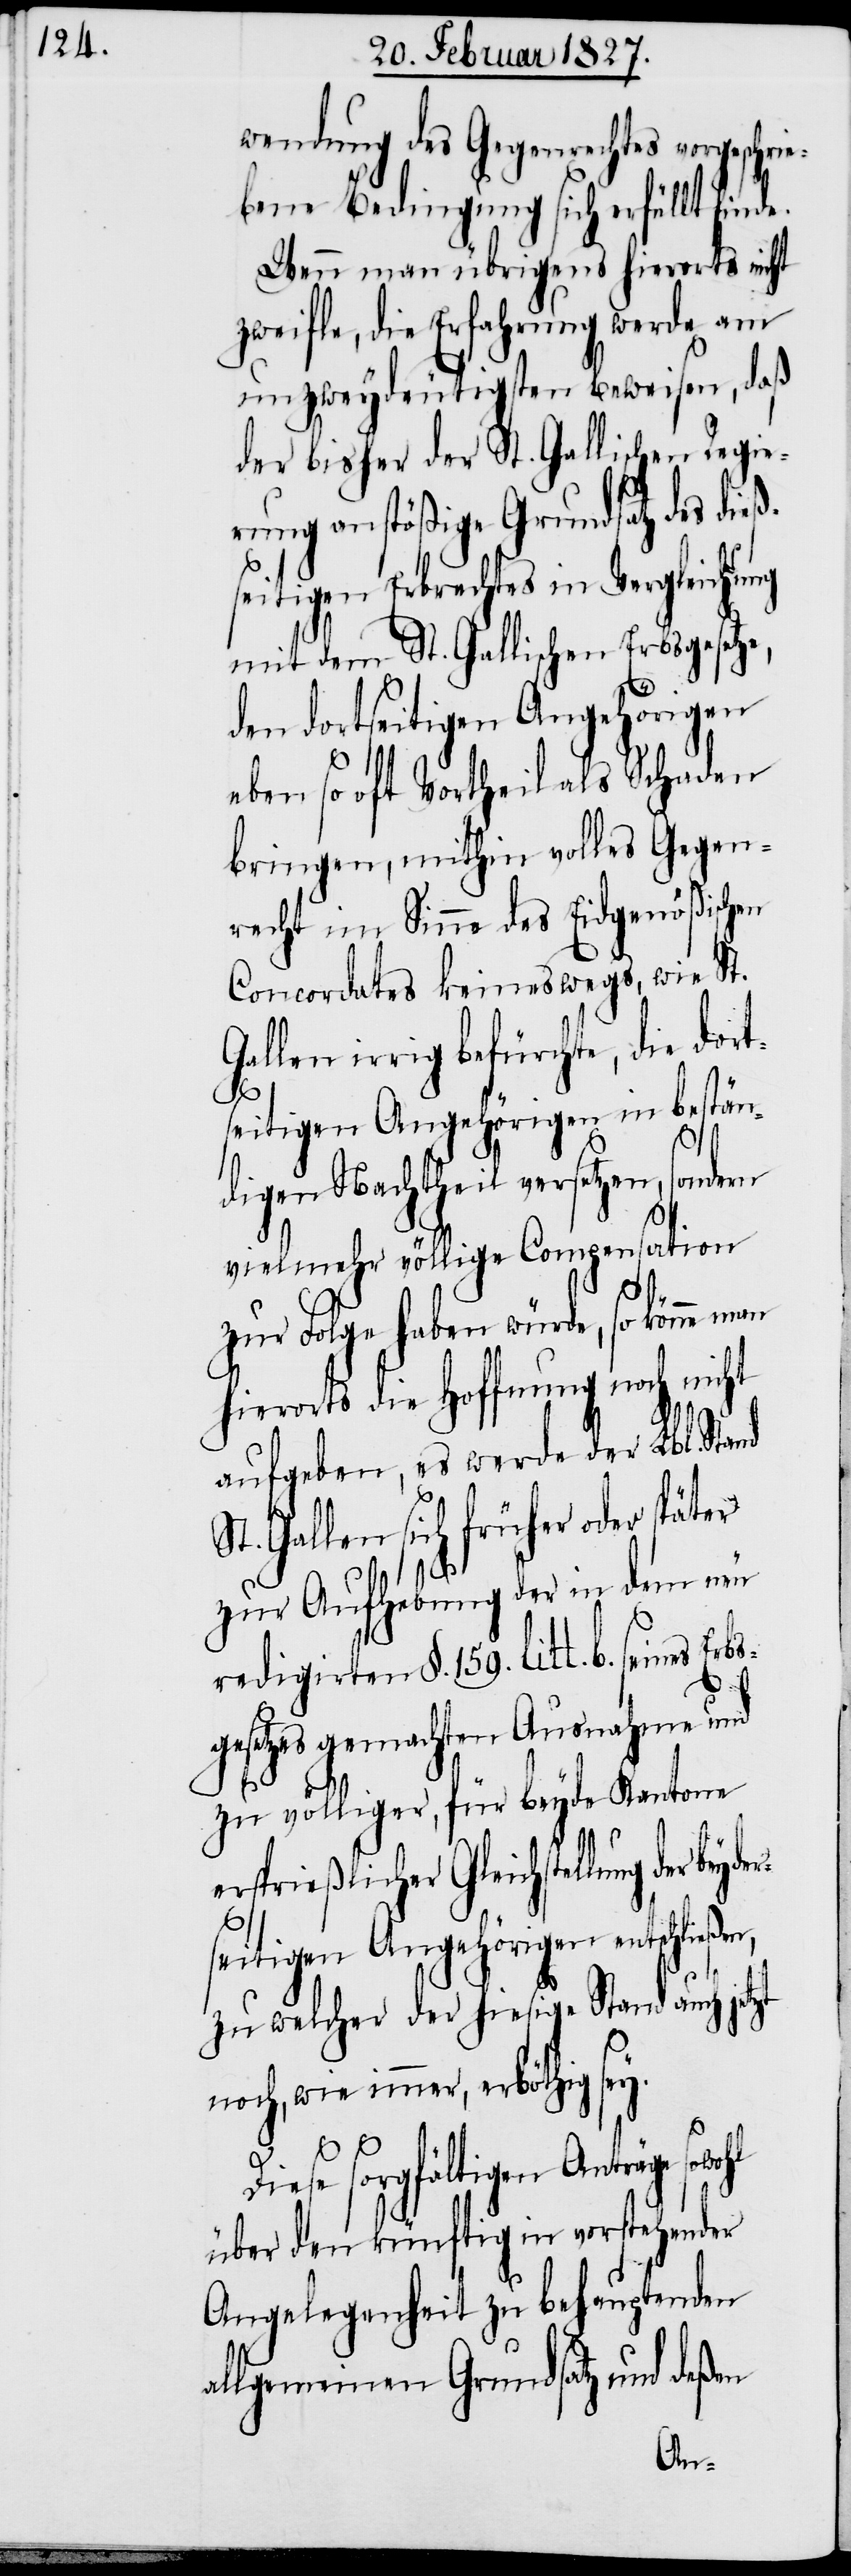
wendung des Gegenrechtes vorgeschrie¬
bene Bedingung sich erfüllt finde.
Wenn man übrigens hierorts nicht
zweifle, die Erfahrung werde am
unzweydeutigsten beweisen, daß
der bisher der St. Gallischen Regie¬
rung anstößige Grundsatz des dieß¬
seitigen Erbrechtes in Vergleichung
mit dem St. Gallischen Erbsgesetze,
den dortseitigen Angehörigen
eben so oft Vortheil als Schaden
bringen, mithin volles Gegen¬
recht im Sinne des Eidgenößischen
Concordates keineswegs, wie St.
irrig befürchte, die dor¬
tseitigen Angehörigen in bestän¬
digen Nachtheil versetzen,
vielmehr völlige Compensation
zur Folge haben würde, so könne
hierorts die Hoffnung noch nicht
aufgeben, es werde der Lbl.
St. Gallen sich früher oder später
zur Aufhebung der in dem neu
redigirten §. 159. litt. b. seines
gesetzes gemachten Ausnahme und
zu völliger, für beyde Kantone
ersprießlicher Gleichstellung der be¬
seitigen Angehörigen entschließen,
zu welcher der hiesige Stand auch jetzt
noch, wie immer, erböthig sey.
Diese sorgfältigen Anträge
über den künftig in vorstehender
Angelegenheit zu behauptenden
allgemeinen Grundsatz und deßen
yder¬